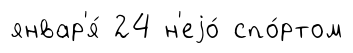
январ'я́ 24 н'еjо́ спо́ртом